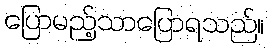
ပြောမည့်သာပြောရသည်။